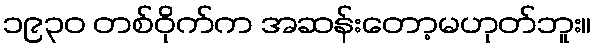
၁၉၃၀ တစ်ဝိုက်က အဆန်းတော့မဟုတ်ဘူး။